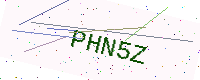
Text: PHN5Z